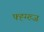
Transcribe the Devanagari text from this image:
फ्ह्ग्ख्ज